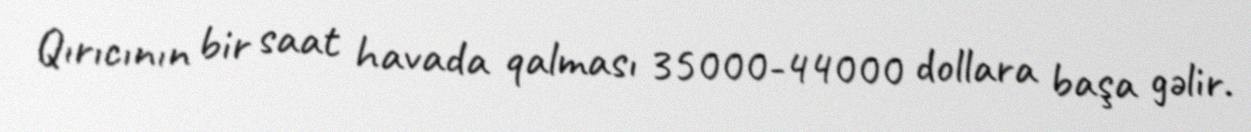
Qırıcının bir saat havada qalması 35000-44000 dollara başa gəlir.